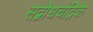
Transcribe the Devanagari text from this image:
सद्बोधचंद्रिके